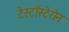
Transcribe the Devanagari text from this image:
टेस्टॉस्टेरोन